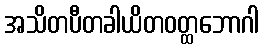
အသိတပီတခါယိတဝတ္ထဘောဂါ